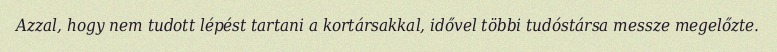
Azzal, hogy nem tudott lépést tartani a kortársakkal, idővel többi tudóstársa messze megelőzte.